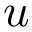
u